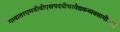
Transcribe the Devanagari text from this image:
गावात१एमबीबीएसपदवीधरवैद्यकव्यवसायीआहे